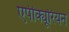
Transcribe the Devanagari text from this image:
एपीक्यूरियन